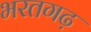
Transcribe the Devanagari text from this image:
भरतगढ़